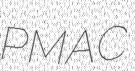
PMAC